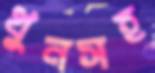
খুনসহ